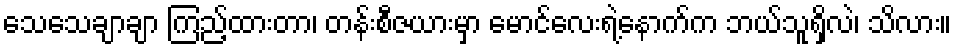
သေသေချာချာ ကြည့်ထားတာ၊ တန်းစီဇယားမှာ မောင်လေးရဲ့နောက်က ဘယ်သူရှိလဲ၊ သိလား။